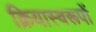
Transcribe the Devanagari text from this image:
क्रियास्वरूपों